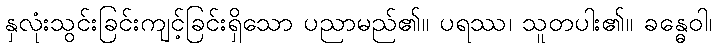
နှလုံးသွင်းခြင်းကျင့်ခြင်းရှိသော ပညာမည်၏။ ပရဿ၊ သူတပါး၏။ ခန္ဓေဝါ၊